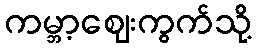
ကမ္ဘာ့ဈေးကွက်သို့